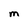
Character: M